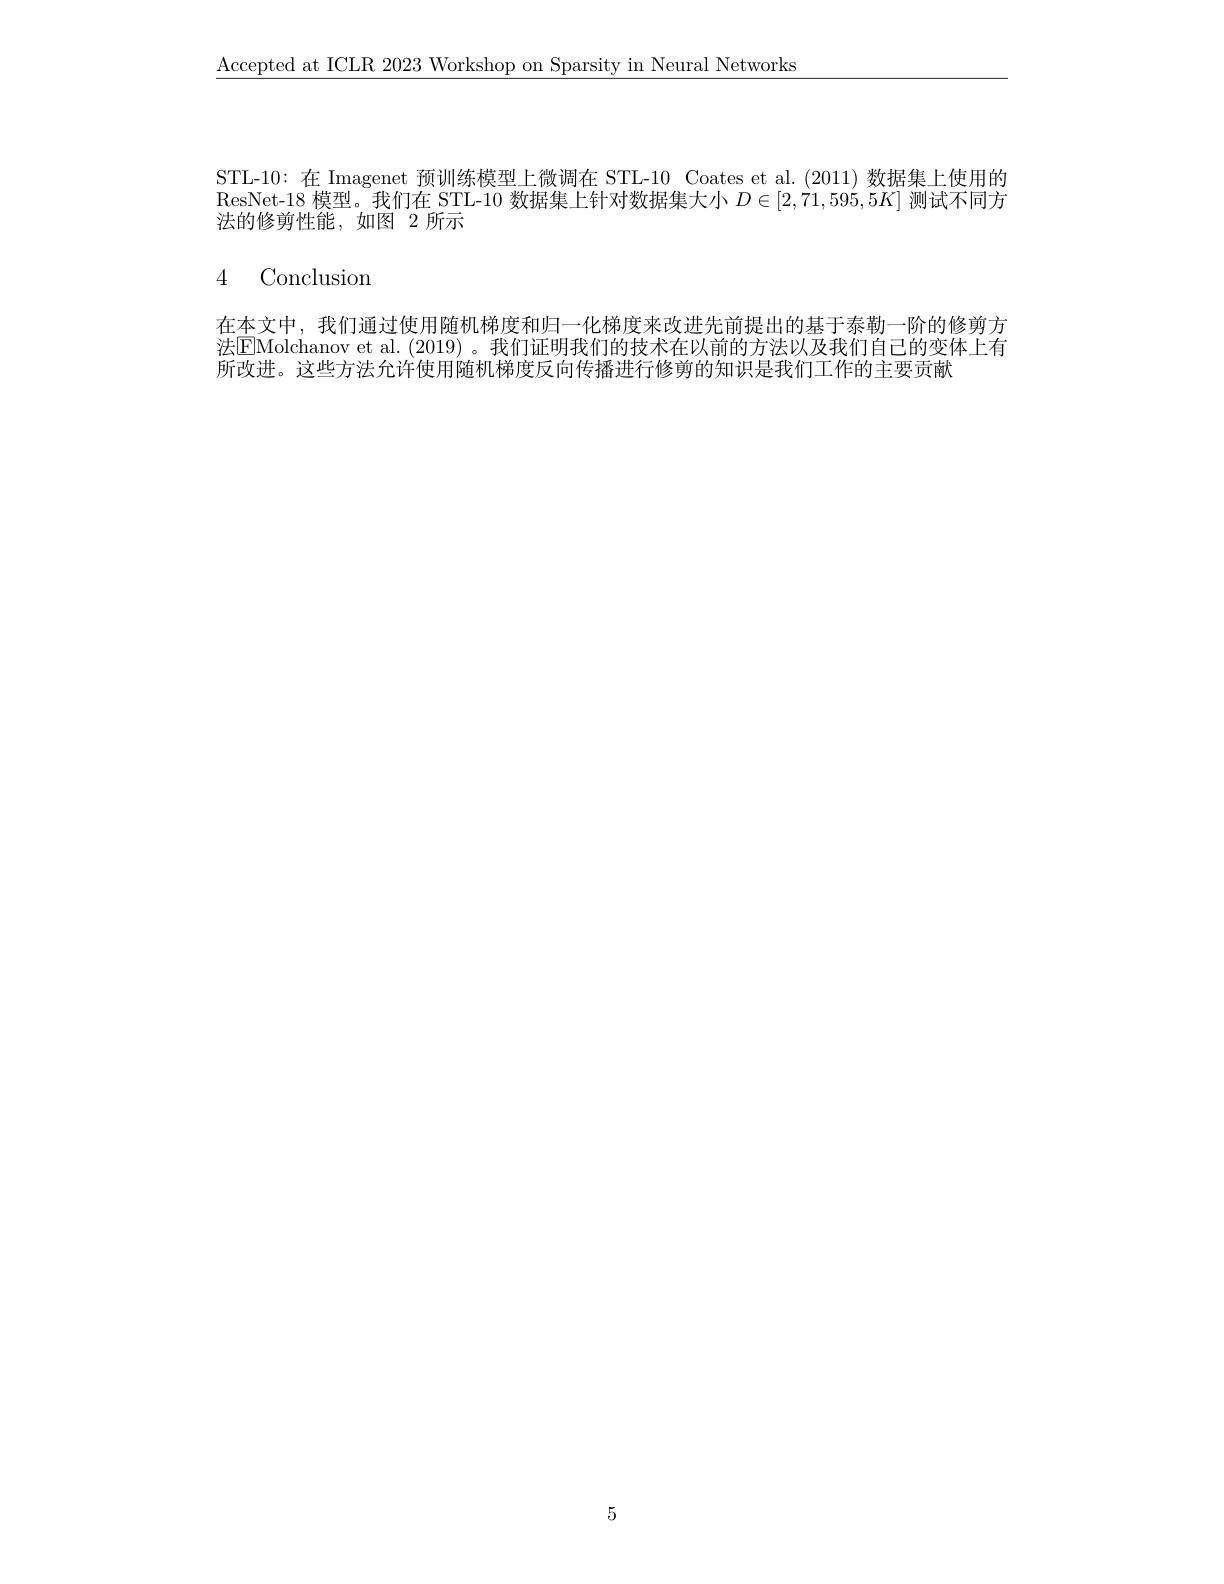
$\underline{\mathrm{Accepted~at~ICLR~2023~Workshop~on~Sparsity~in~Neural~Networks}}$

STL-10:在 Imagenet 预训练模型上微调在 STL-10 Coates et al.(2011) 数据集上使用的ResNet-18 模型。我们在 STL-10 数据集上针对数据集大小$D\in[2,71,595,5K]$测试不同方法的修剪性能，如图 2 所示

# 4 Conclusion

在本文中，我们通过使用随机梯度和归一化梯度来改进先前提出的基于泰勒一阶的修剪方法EMolchanov et al. ( 2019) 。我们证明我们的技术在以前的方法以及我们自己的变体上有所改进。这些方法允许使用随机梯度反向传播进行修剪的知识是我们工作的主要贡献

5